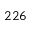
2 2 6